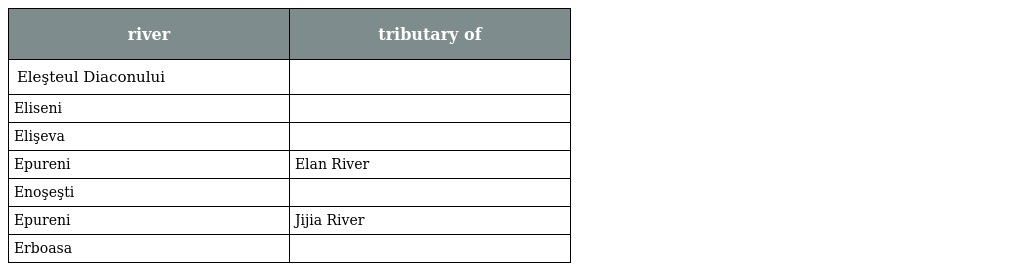
| river | tributary of |
 | --- | --- |
 | Eleşteul Diaconului |  |
 | Eliseni |  |
 | Elişeva |  |
 | Epureni | Elan River |
 | Enoşeşti |  |
 | Epureni | Jijia River |
 | Erboasa |  |